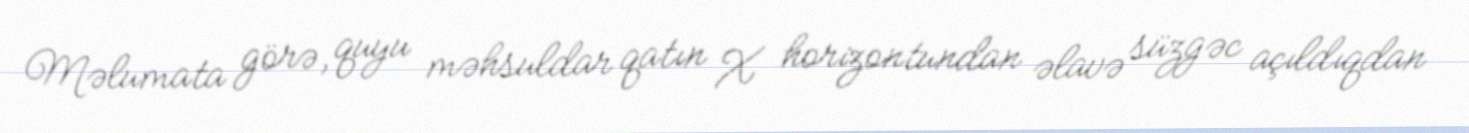
Məlumata görə, quyu məhsuldar qatın X horizontundan əlavə süzgəc açıldıqdan